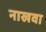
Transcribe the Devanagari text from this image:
नाखवा